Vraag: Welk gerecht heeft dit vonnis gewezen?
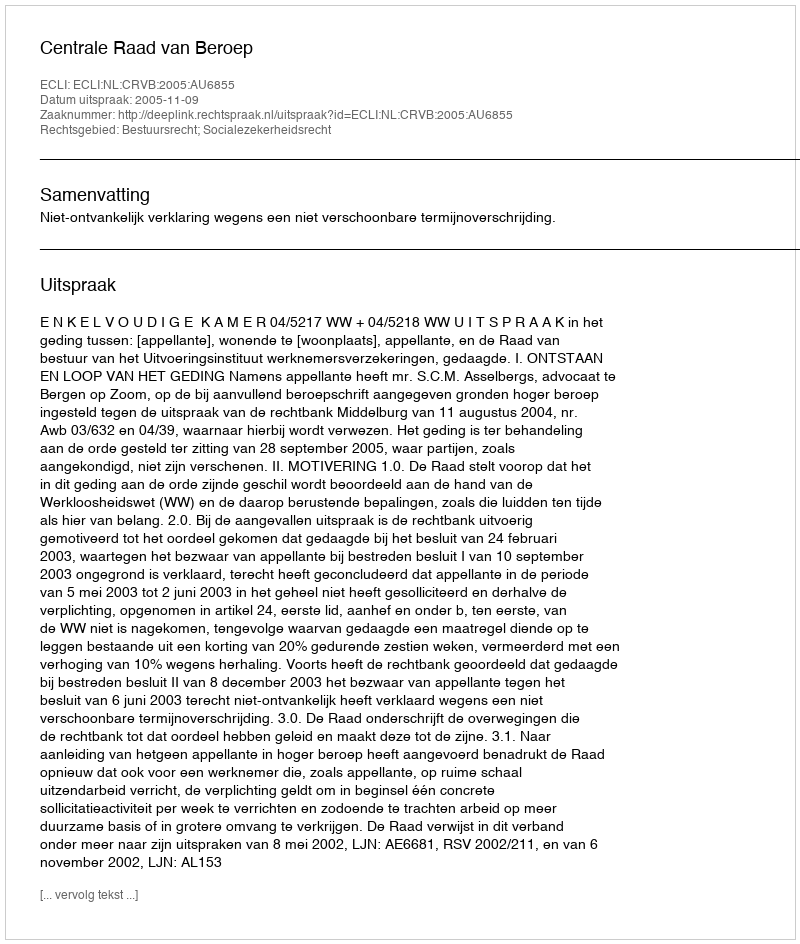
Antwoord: Centrale Raad van Beroep